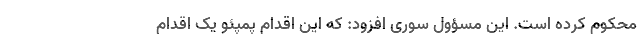
محکوم کرده است. این مسؤول سوری افزود: که این اقدام پمپئو یک اقدام